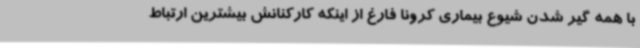
با همه گیر شدن شیوع بیماری کرونا فارغ از اینکه کارکنانش بیشترین ارتباط